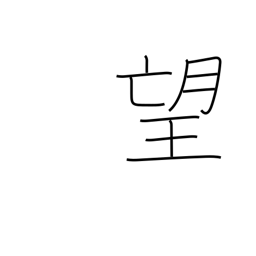
Meaning: ambition